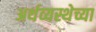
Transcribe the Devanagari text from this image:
अर्थव्यस्थेच्या